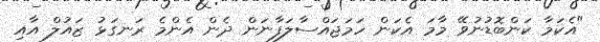
"އެކަމާ ކަންބޮޑުނުވޭ މާމަ އެކަން ހަމަޖައްސާލަފާނަން ދެން އެންމެ ރަނގަޅު ޒައުލް އާއި